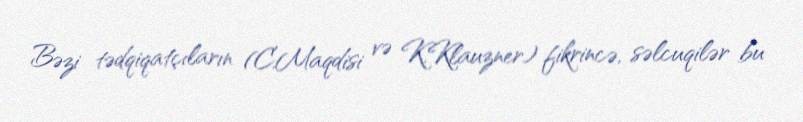
Bəzi tədqiqatçıların (C.Maqdisi və K.Klauzner) fikrincə, səlcuqilər bu